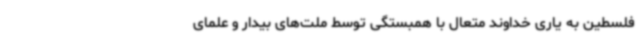
فلسطین به یاری خداوند متعال با همبستگی توسط ملت‌های بیدار و علمای